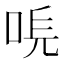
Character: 𠳠